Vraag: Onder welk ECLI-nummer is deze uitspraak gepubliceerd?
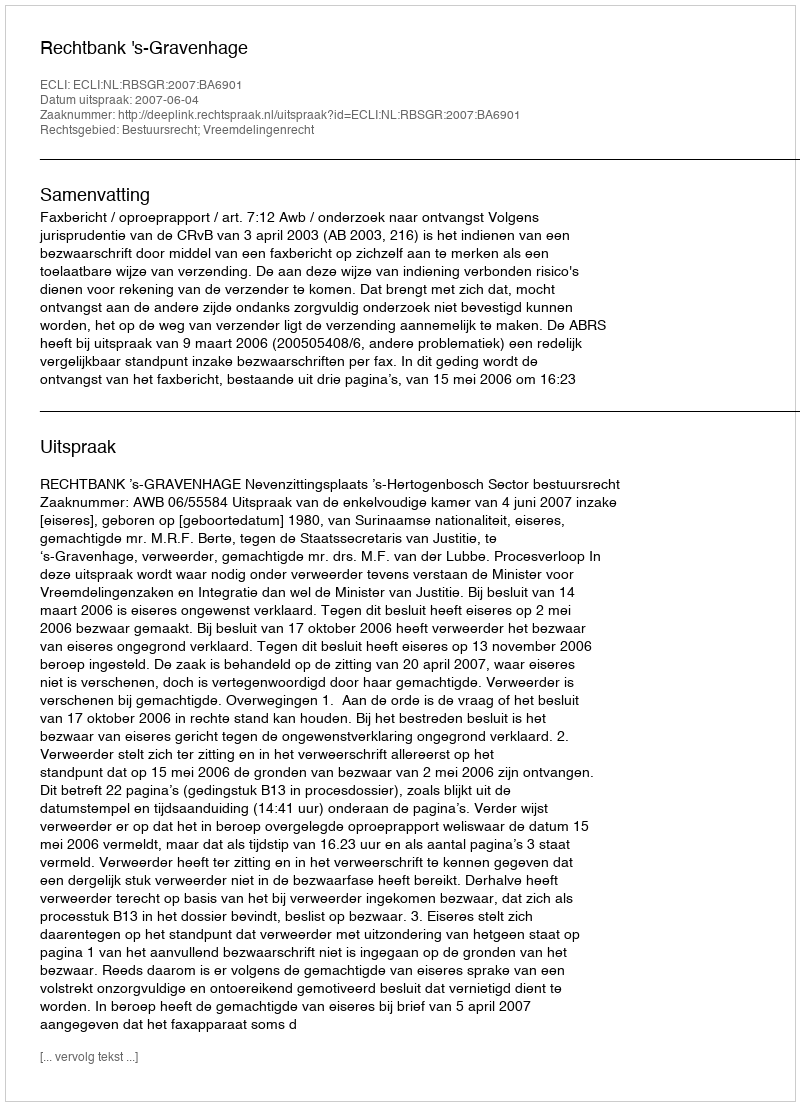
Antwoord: ECLI:NL:RBSGR:2007:BA6901